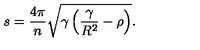
s = \frac { 4 \pi } { n } \sqrt { \gamma \left( \frac { \gamma } { R ^ { 2 } } - \rho \right) } .